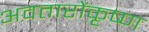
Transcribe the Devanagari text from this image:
अवतारोंकृष्ण